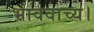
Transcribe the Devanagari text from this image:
भाववाच्य।